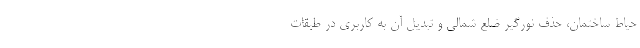
حیاط ساختمان، حذف نورگیر ضلع شمالی و تبدیل آن به کاربری در طبقات